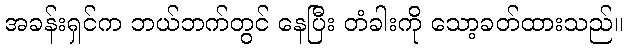
အခန်းရှင်က ဘယ်ဘက်တွင် နေပြီး တံခါးကို သော့ခတ်ထားသည်။